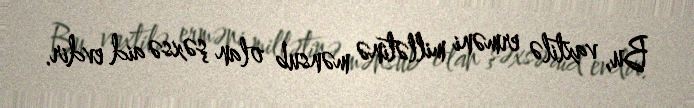
Bu, vaxtilə erməni millətinə mənsub olan şəxsə aid evdir.